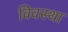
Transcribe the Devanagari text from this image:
विवस्था